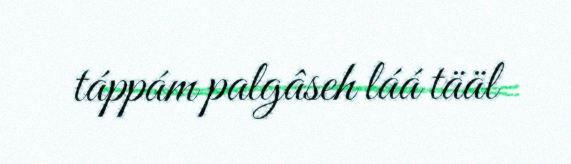
táppám palgâseh láá tääl